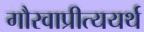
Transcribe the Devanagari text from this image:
गौरवाप्रीत्ययर्थ